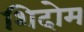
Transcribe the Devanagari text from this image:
शिदोम